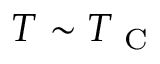
T \sim T _ { \mathrm { ~ C ~ } }